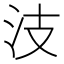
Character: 汥